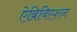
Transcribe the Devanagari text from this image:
ऐब्रिविएशन